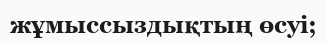
жұмыссыздықтың өсуі;